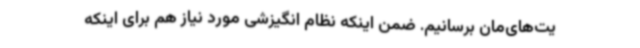
یت‌های‌مان برسانیم. ضمن اینکه نظام انگیزشی مورد نیاز هم برای اینکه